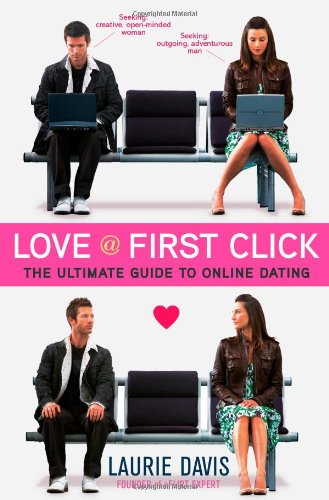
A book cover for Love at First Click: The Ultimate Guide to Online Dating; Laurie Davis; Computers & Technology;